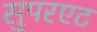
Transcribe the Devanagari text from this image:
सुपरएट